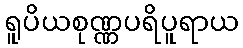
ရူပိယစုဏ္ဏပရိပူရာယ